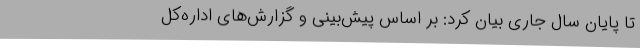
تا پایان سال جاری بیان کرد: بر اساس پیش‌بینی و گزارش‌های اداره‌کل